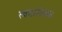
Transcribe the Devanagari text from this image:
त्वष्टासेवक